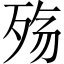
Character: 殇